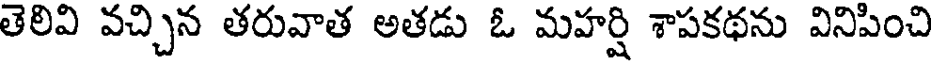
తెలివి వచ్చిన తరువాత అతడు ఓ మహర్షి శాపకథను వినిపించి